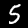
Label: 5